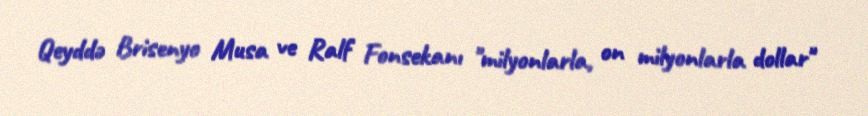
Qeyddə Brisenyo Musa ve Ralf Fonsekanı "milyonlarla, on milyonlarla dollar"